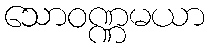
သောဝဏ္ဏမယာ